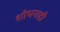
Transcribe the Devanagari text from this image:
शोभनाद्री